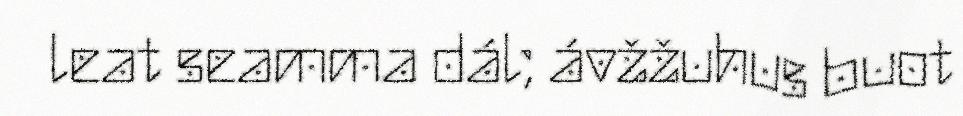
leat seamma dál; ávžžuhus buot